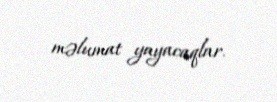
məlumat yayacaqlar.